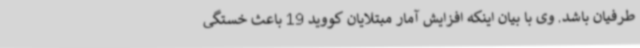
طرفیان باشد. وی با بیان اینکه افزایش آمار مبتلایان کووید 19 باعث خستگی